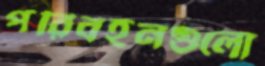
পরিবহনগুলো